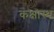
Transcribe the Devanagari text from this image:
कक्षास्थ